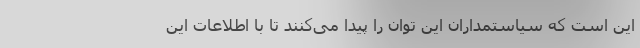
این است که سیاستمداران این توان را پیدا می‌کنند تا با اطلاعات این